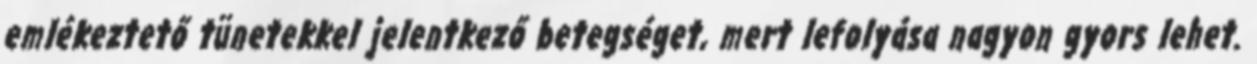
emlékeztető tünetekkel jelentkező betegséget, mert lefolyása nagyon gyors lehet.